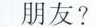
朋友?